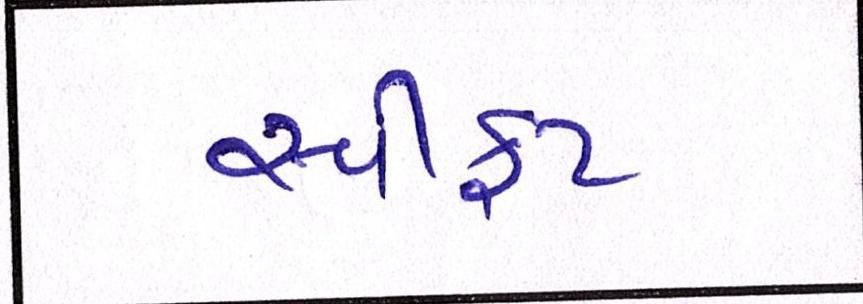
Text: સ્વીફટ